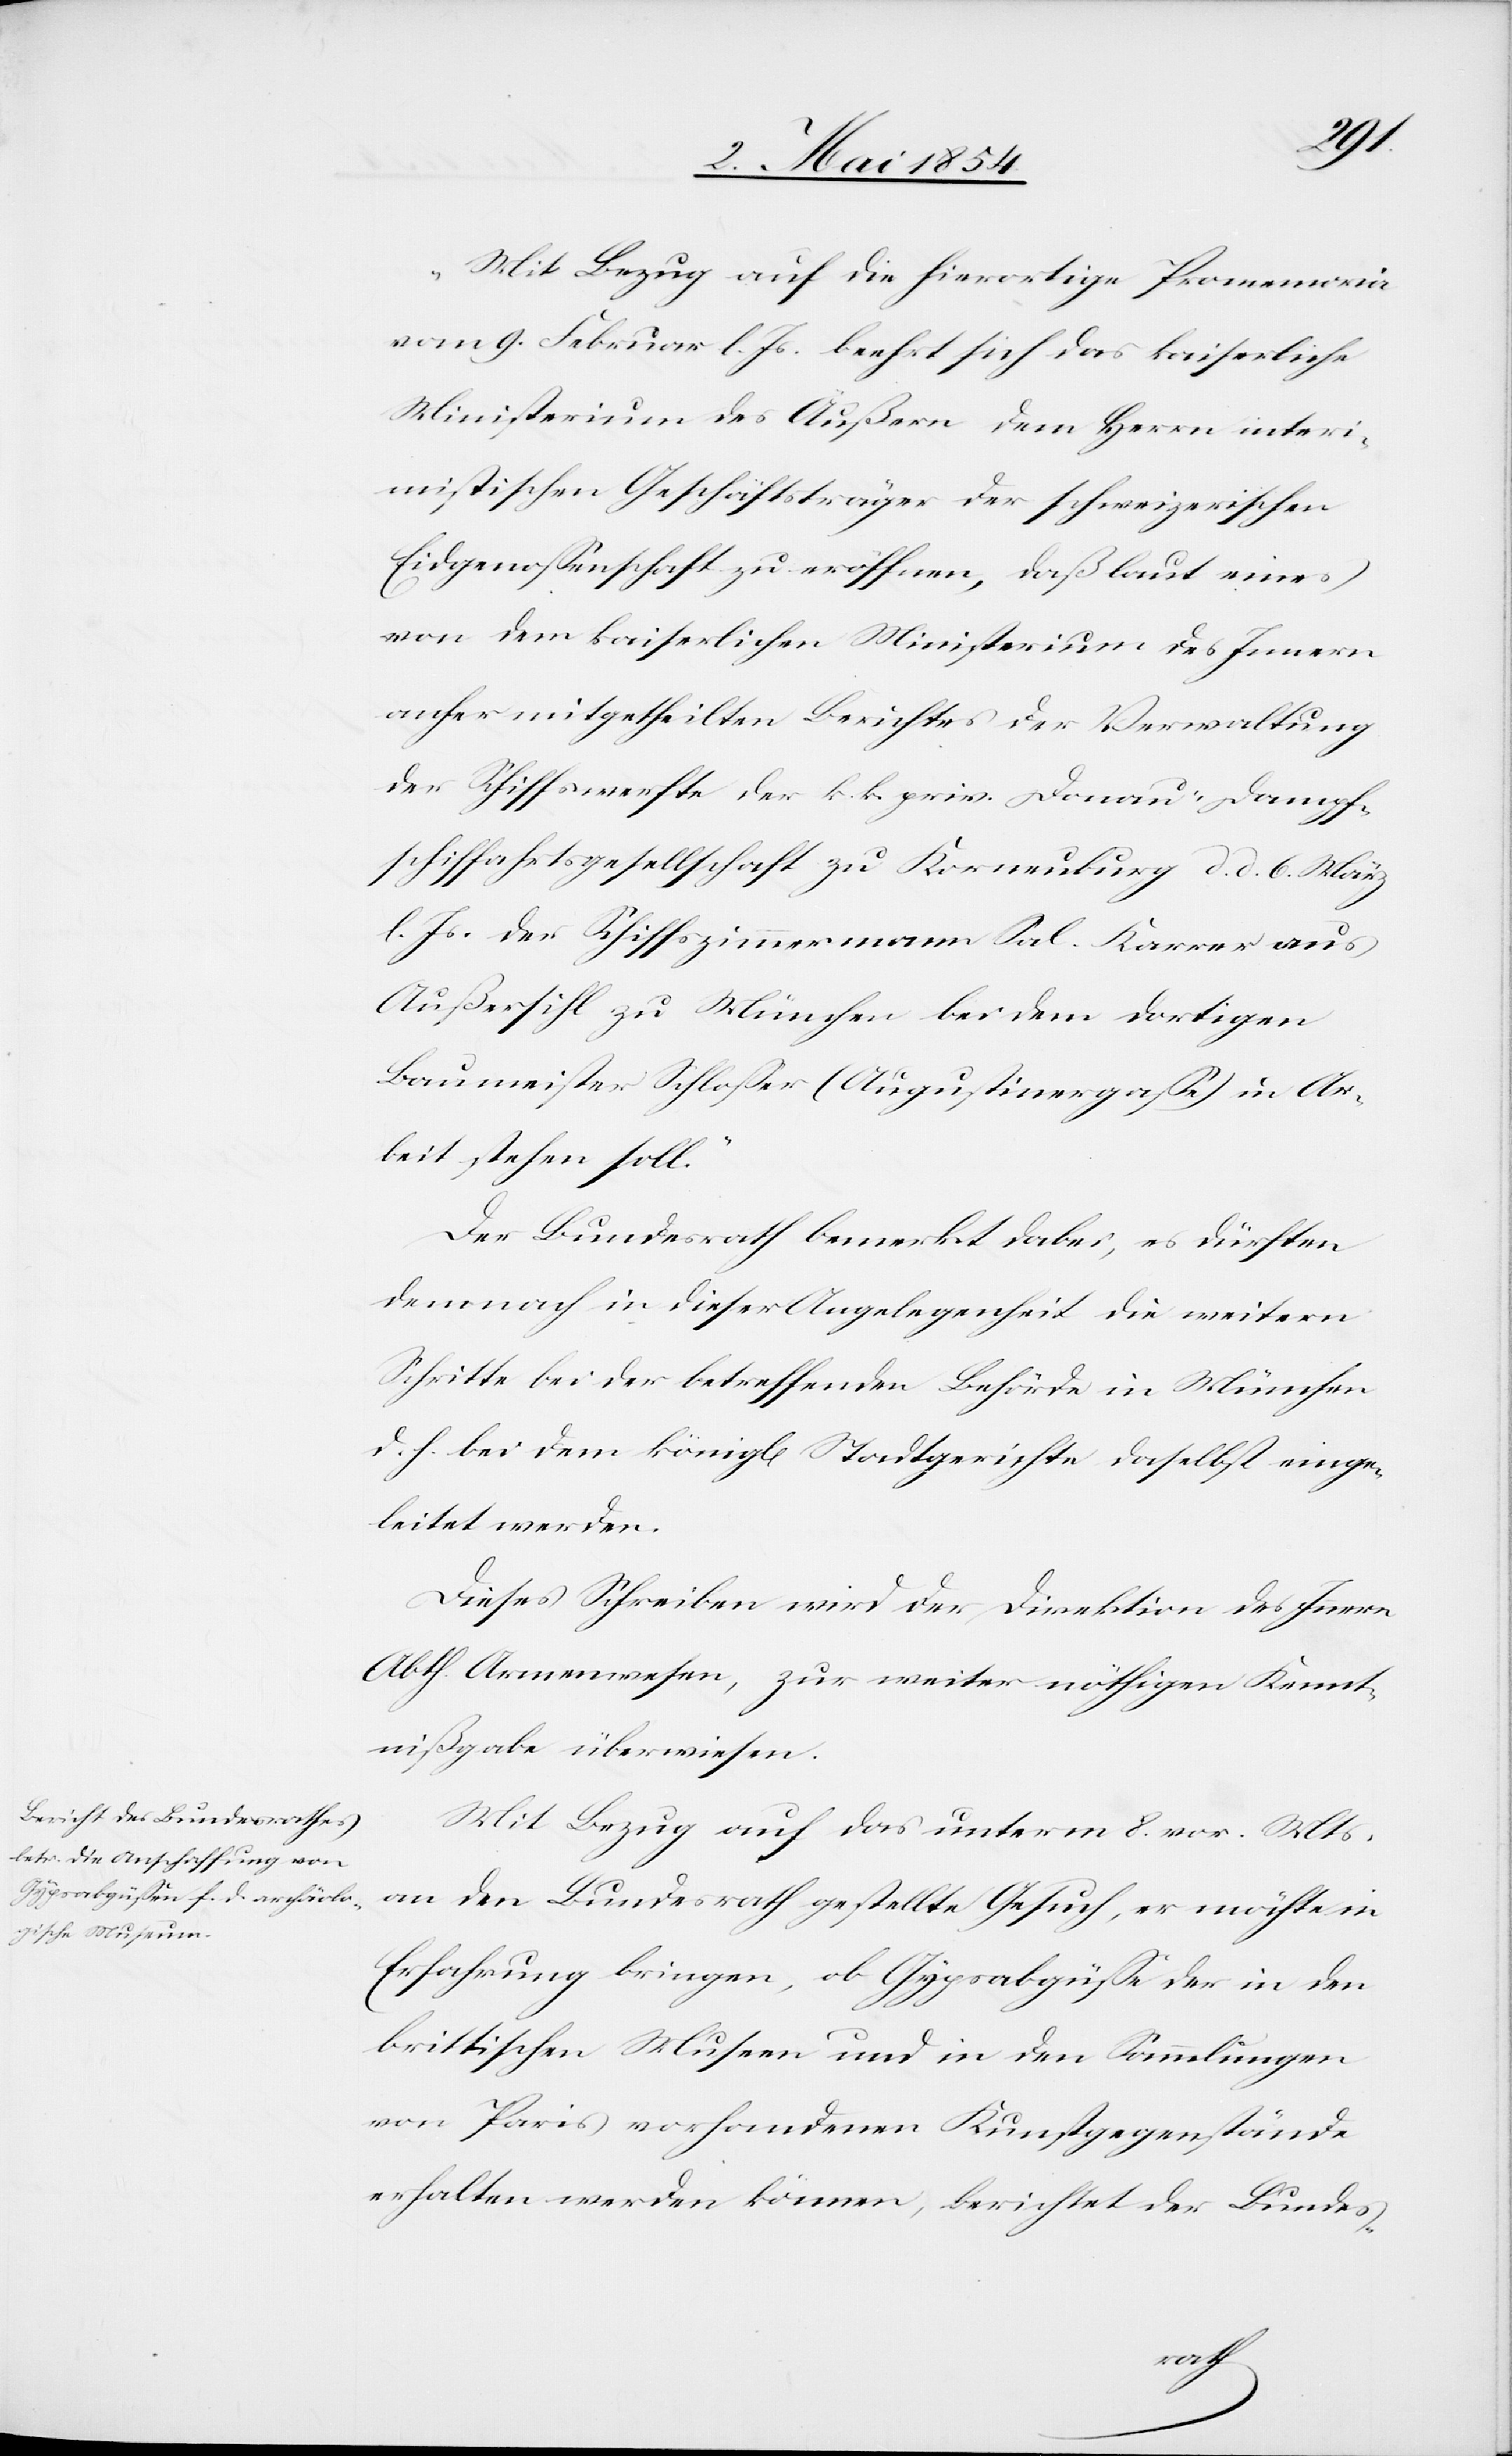
„Mit Bezug auf die hierortige Promemoria
vom 9. Februar l. Js. beehrt sich das kaiserliche
Ministerium des Äußern dem Herrn interi¬
mistischen Geschäftsträger der schweizerischen
Eidgenoßenschaft zu eröffnen, daß laut eines
von dem kaiserlichen Ministerium des Innern
anher mitgetheilten Berichtes der Verwaltung
der Schiffswerfte der k. k. priv. Donau-Dampf¬
schiffahrtsgesellschaft zu Korneuburg d. d. 6. März
l. Js. der Schiffszimmermann Sal. Karrer aus
Außersihl zu München bei dem dortigen
Baumeister Schloßer (Augustinergaße) in Ar¬
beit stehen soll.“
Der Bundesrath bemerkt dabei, es dürften
demnach in dieser Angelegenheit die weitern
Schritte bei der betreffenden Behörde in München
d. h. bei dem königl. Stadtgerichte daselbst einge¬
leitet werden.
Dieses Schreiben wird der Direktion des Innern
Abth. Armenwesen, zur weiter nöthigen Kennt¬
nißgabe überwiesen.
Mit Bezug auf das unterm 8. vor. Mts.
an den Bundesrath gestellte Gesuch, er möchte in
Erfahrung bringen, ob Gypsabgüße der in den
brittischen Museen und in den Sammlungen
von Paris vorhandenen Kunstgegenstände
erhalten werden können, berichtet der Bundes-